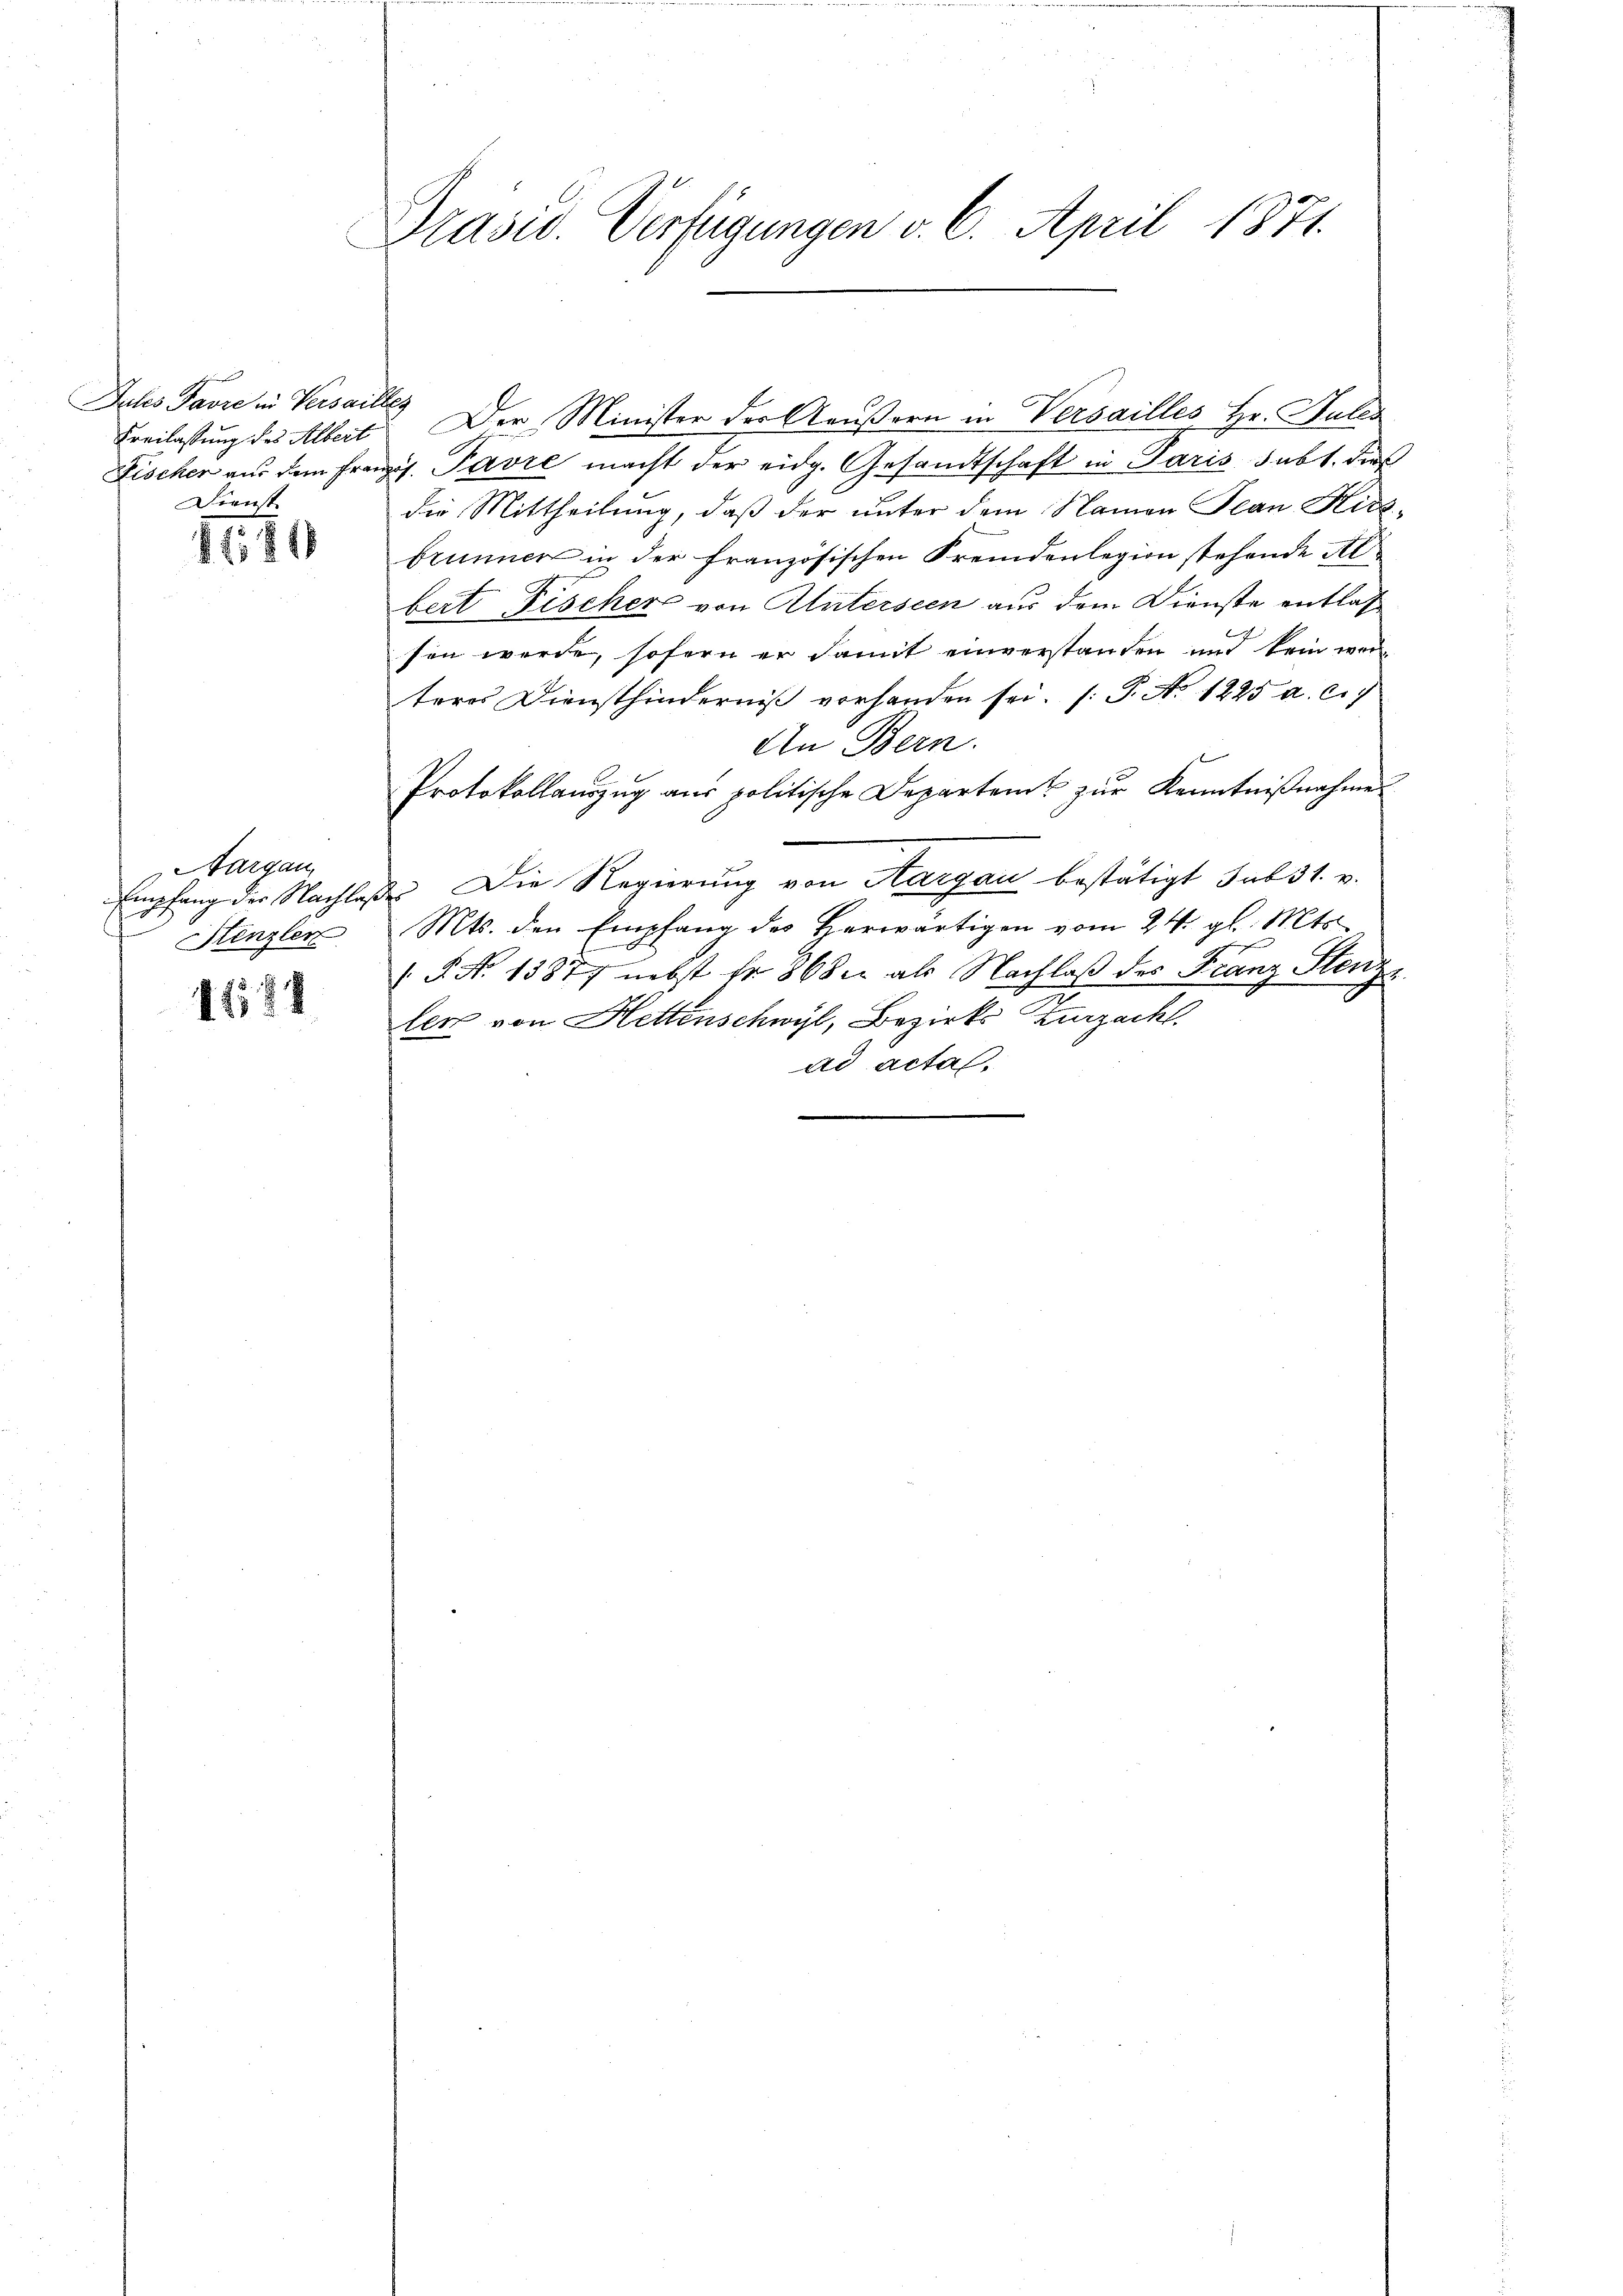
Ien Lander Hander
Freilassung des Albert
Dienst |

8181

Aargau,
Empfang der Nachlaß
Stenzler

1588

Präsid. Verfügungen v. 6. April 1871.

Der Minister der Aeußern in Versailles Hr. Julis
Fischer aus dem Franzis. Pavre macht der eidg. Gesandtschaft in Paris subt. dies
die Mittheilung, daß der unter dem Namen Jean Hitz-
brunner in der französischen Fremdenlegion stehende Albert Fischer von Alterseen aus dem Dienste entlas
sen werde, sofern er damit einverstanden und kein wer
teres Diensthinderniβ vorhanden sei. (: P. Nr. 1225 a. c.
An Bern.
ff
Protokollaŭszŭg aŭs politische Departen zŭr Kenntniβnahme
des Die Regierung von Aargau bestätigt sub 31. v.
Mts. den Empfang des Herwärtigen vom 24. gl. Mts.
( P. Nr. 13877 nebst fr. 868 er als Nachlaß des Franz Stenze
ler von Hettenschwyl, Bezirks Zurzach.
ad actal.